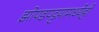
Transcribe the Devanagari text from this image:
झोपडपट्टय़ामध्येही